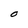
Character: O